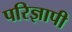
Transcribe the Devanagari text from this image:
परिज्ञापी